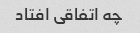
چه اتفاقی افتاد